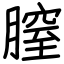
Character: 膣